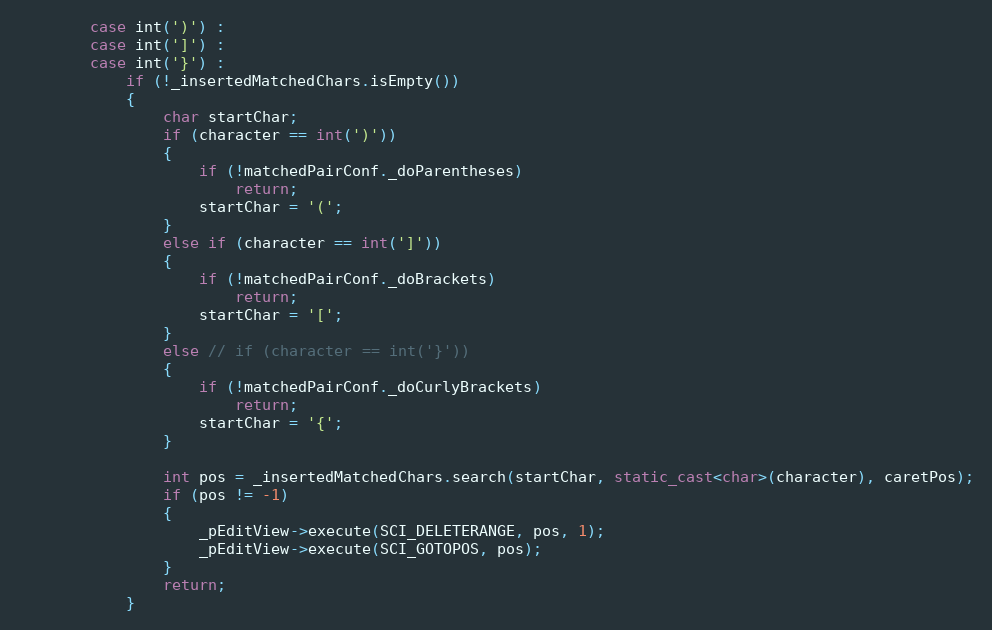
Language: C++
		case int(')') :
		case int(']') :
		case int('}') :
			if (!_insertedMatchedChars.isEmpty())
			{
				char startChar;
				if (character == int(')'))
				{
					if (!matchedPairConf._doParentheses)
						return;
					startChar = '(';
				}
				else if (character == int(']'))
				{
					if (!matchedPairConf._doBrackets)
						return;
					startChar = '[';
				}
				else // if (character == int('}'))
				{
					if (!matchedPairConf._doCurlyBrackets)
						return;
					startChar = '{';
				}

				int pos = _insertedMatchedChars.search(startChar, static_cast<char>(character), caretPos);
				if (pos != -1)
				{
					_pEditView->execute(SCI_DELETERANGE, pos, 1);
					_pEditView->execute(SCI_GOTOPOS, pos);
				}
				return;
			}